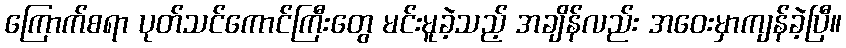
ကြောက်စရာ ပုတ်သင်ကောင်ကြီးတွေ မင်းမူခဲ့သည့် အချိန်လည်း အဝေးမှာကျန်ခဲ့ပြီ။